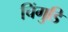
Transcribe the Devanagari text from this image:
चिंगुडि